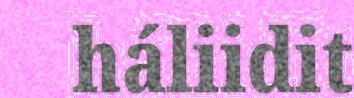
háliidit